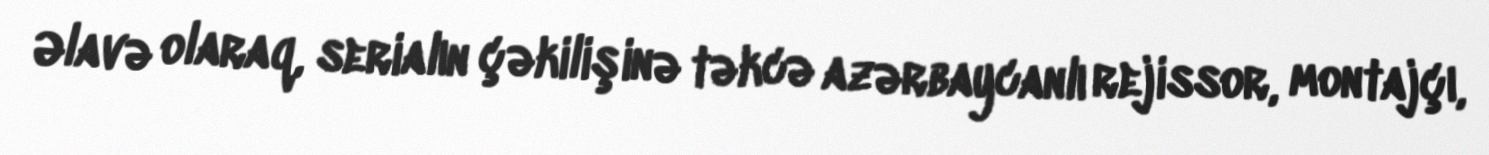
Əlavə olaraq, serialın çəkilişinə təkcə azərbaycanlı rejissor, montajçı,